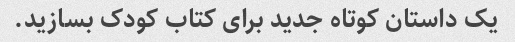
یک داستان کوتاه جدید برای کتاب کودک بسازید.